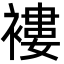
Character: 褸